Mental hospitals Bombay report 1921-28 - 1921-1928
Year: 1921
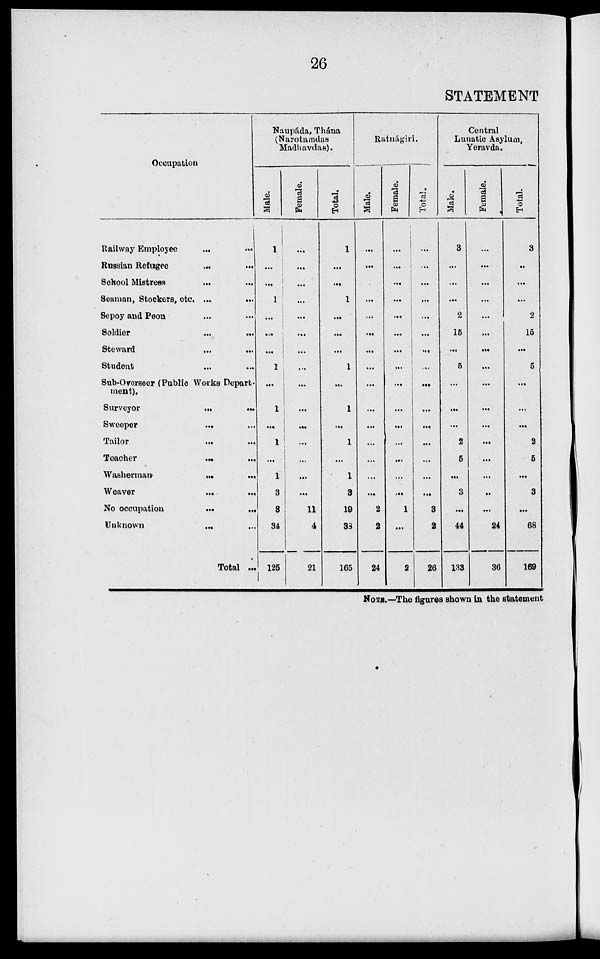
26
STATEMENT
Occupation
Railway Employee
... ...
Russian Refugee
... ...
School Mistress ... ...
Seaman, Stackers, etc. ... ...
Sepoy and Peon ... ...
Soldier ... ...
Steward ... ...
Student ... ...
Sub-Overseer (Public Works Depart-
ment).
Surveyor
...
...
Sweeper
... ...
Tailor
... ...
Teacher
...
...
Washerman ... ...
Weaver
... ...
No occupation ... ...
Unknown
... ...
Total ...
Naupáda, Thána
(Narotamdas
Madhavdas).
Male.
1
...
...
1
...
...
...
1
...
1
...
1
...
1
3
8
34
125
Female.
...
...
...
...
...
...
...
...
...
...
...
...
...
...
...
11
4
21
Total.
1
...
...
1
...
...
...
1
...
1
...
1
...
1
3
19
38
165
Ratnágiri.
Male.
...
...
...
...
...
...
...
...
...
...
...
...
...
...
...
2
2
24
Female.
...
...
...
...
...
...
...
...
...
...
...
...
...
...
...
1
...
2
Total.
...
...
...
...
...
...
...
...
...
...
...
...
...
...
...
3
2
26
Central
Lunatic Asylum,
Yeravda.
Male.
3
...
...
...
2
15
...
5
...
...
...
2
5
...
3
...
44
133
Female.
...
...
...
...
...
...
...
...
...
...
...
...
...
...
...
...
24
36
Total.
3
...
...
...
2
15
...
5
...
...
...
2
5
...
3
...
68
169
NOTE.—The figures shown in the statement